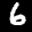
Label: 6